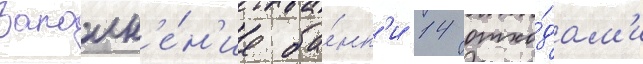
Заполн'е́н'ие ба́нк'и 14 отхо́дам'и